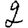
Digit: 2